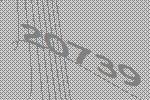
20739